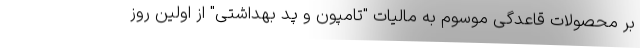
بر محصولات قاعدگی موسوم به مالیات "تامپون و پد بهداشتی" از اولین روز